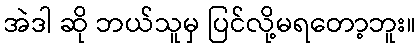
အဲဒါ ဆို ဘယ်သူမှ ပြင်လို့မရတော့ဘူး။